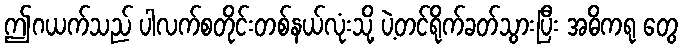
ဤဂယက်သည် ပါလက်စတိုင်းတစ်နယ်လုံးသို့ ပဲ့တင်ရိုက်ခတ်သွားပြီး အဓိကရု တွေ